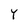
Character: Y